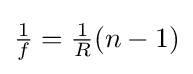
{\textstyle {\frac {1}{f}}={\frac {1}{R}}(n-1)}